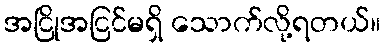
အငြိုအငြင်မရှိ သောက်လို့ရတယ်။